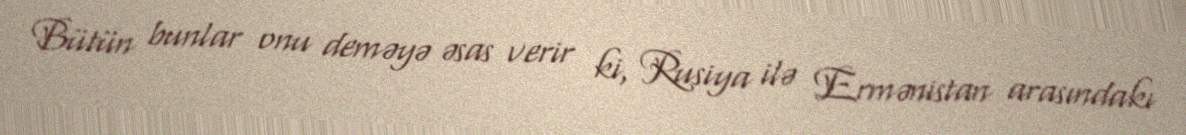
Bütün bunlar onu deməyə əsas verir ki, Rusiya ilə Ermənistan arasındakı